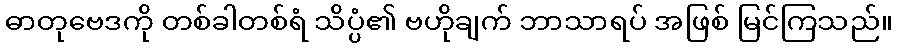
ဓာတုဗေဒကို တစ်ခါတစ်ရံ သိပ္ပံ၏ ဗဟိုချက် ဘာသာရပ် အဖြစ် မြင်ကြသည်။